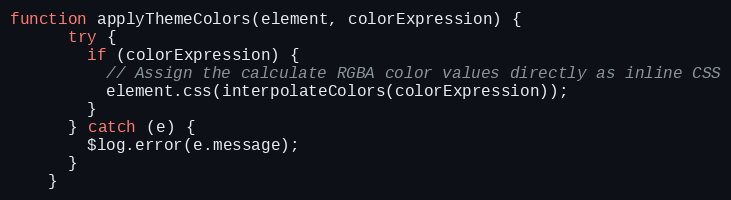
Language: JavaScript
function applyThemeColors(element, colorExpression) {
      try {
        if (colorExpression) {
          // Assign the calculate RGBA color values directly as inline CSS
          element.css(interpolateColors(colorExpression));
        }
      } catch (e) {
        $log.error(e.message);
      }
    }